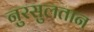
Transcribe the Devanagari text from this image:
नुरसुलतान